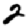
Digit: 2